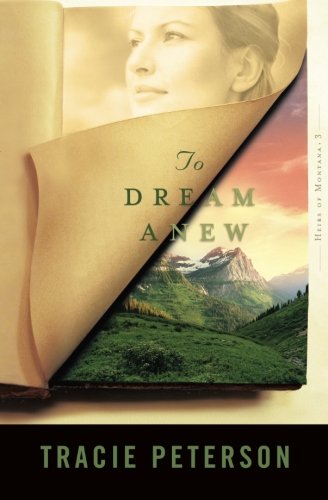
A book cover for To Dream Anew (Heirs of Montana #3) (Volume 3); Tracie Peterson; Romance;